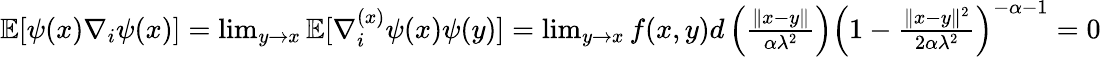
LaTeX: \begin{array}{r}{\mathbb{E}[\psi(x)\nabla_{i}\psi(x)]=\operatorname*{lim}_{y\rightarrow x}\mathbb{E}[\nabla_{i}^{(x)}\psi(x)\psi(y)]=\operatorname*{lim}_{y\rightarrow x}f(x,y)d\left(\frac{\| x-y\| }{\alpha\lambda^{2}}\right)\left(1-\frac{\| x-y\| ^{2}}{2\alpha\lambda^{2}}\right)^{-\alpha-1}=0}\end{array}